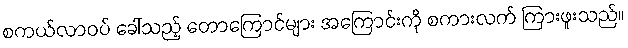
စကယ်လာဝပ် ခေါ်သည့် တောကြောင်များ အကြောင်းကို စကားလက် ကြားဖူးသည်။